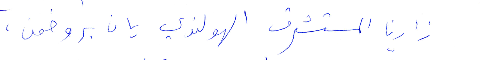
زارنا المستشرق الهولندي يان بروضمن،